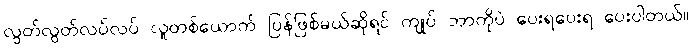
လွတ်လွတ်လပ်လပ် လူတစ်ယောက် ပြန်ဖြစ်မယ်ဆိုရင် ကျုပ် ဘာကိုပဲ ပေးရပေးရ ပေးပါတယ်။